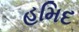
હમિદ